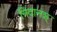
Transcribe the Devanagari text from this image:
निदानश्